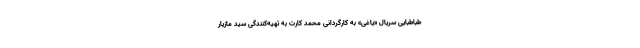
طباطبایی سریال «یاغی» به کارگردانی محمد کارت به تهیه‌کنندگی سید مازیار